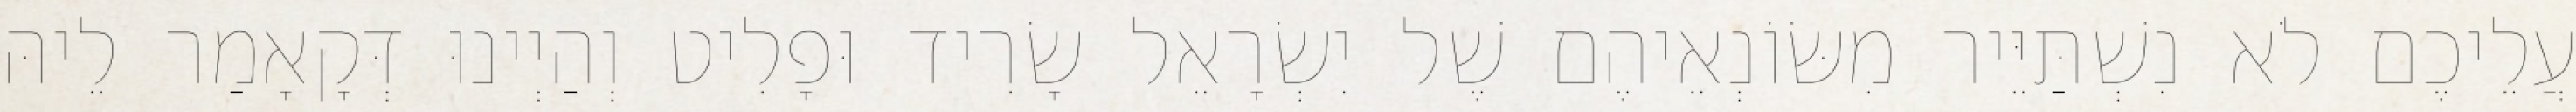
עֲלֵיכֶם לֹא נִשְׁתַּיֵּיר מִשּׂוֹנְאֵיהֶם שֶׁל יִשְׂרָאֵל שָׂרִיד וּפָלִיט וְהַיְינוּ דְּקָאָמַר לֵיהּ